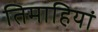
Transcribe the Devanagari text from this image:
तिमाहियां